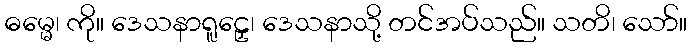
ဓမ္မေ၊ ကို။ ဒေသနာရူဠှေ၊ ဒေသနာသို့ တင်အပ်သည်။ သတိ၊ သော်။